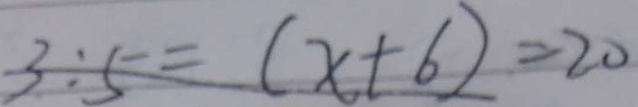
3 : 5 = ( x + 6 ) = 2 0